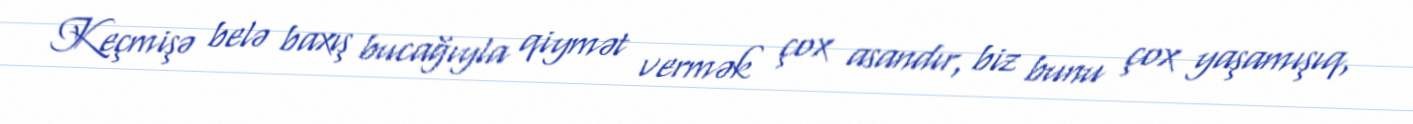
Keçmişə belə baxış bucağıyla qiymət vermək çox asandır, biz bunu çox yaşamışıq,